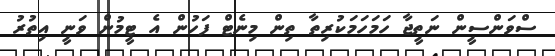
ސްވަންސީން ނަތީޖާ ހަމަހަމަކުރިތާ ތިން މިނެޓް ފަހުން އެ ޓީމުން ވަނީ އިތުރު